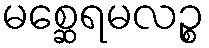
မစ္ဆေရမလဉ္စ